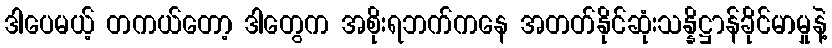
ဒါပေမယ့် တကယ်တော့ ဒါတွေက အစိုးရဘက်ကနေ အတတ်နိုင်ဆုံးသန္နိဋ္ဌာန်ခိုင်မာမှုနဲ့